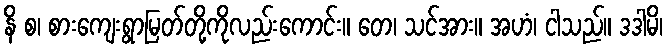
နိ စ၊ စားကျေးရွာမြတ်တို့ကိုလည်းကောင်း။ တေ၊ သင်အား။ အဟံ၊ ငါသည်။ ဒဒါမိ၊